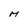
Character: M